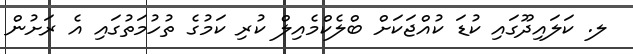
ލ. ކަލައިދޫގައި ކުޑަ ކުއްޖަކަށް ބްލެކްމެއިލް ކުރި ކަމުގެ ތުހުމަތުގައި އެ ރަށުން